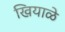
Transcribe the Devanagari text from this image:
खियाळे